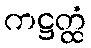
ကဋ္ဌတ္ထံ